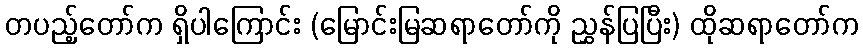
တပည့်တော်က ရှိပါကြောင်း (မြောင်းမြဆရာတော်ကို ညွှန်ပြပြီး) ထိုဆရာတော်က